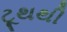
ટૂથથી